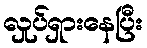
လှုပ်ရှားနေပြီး